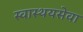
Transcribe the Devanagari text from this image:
स्वास्थयसेवा